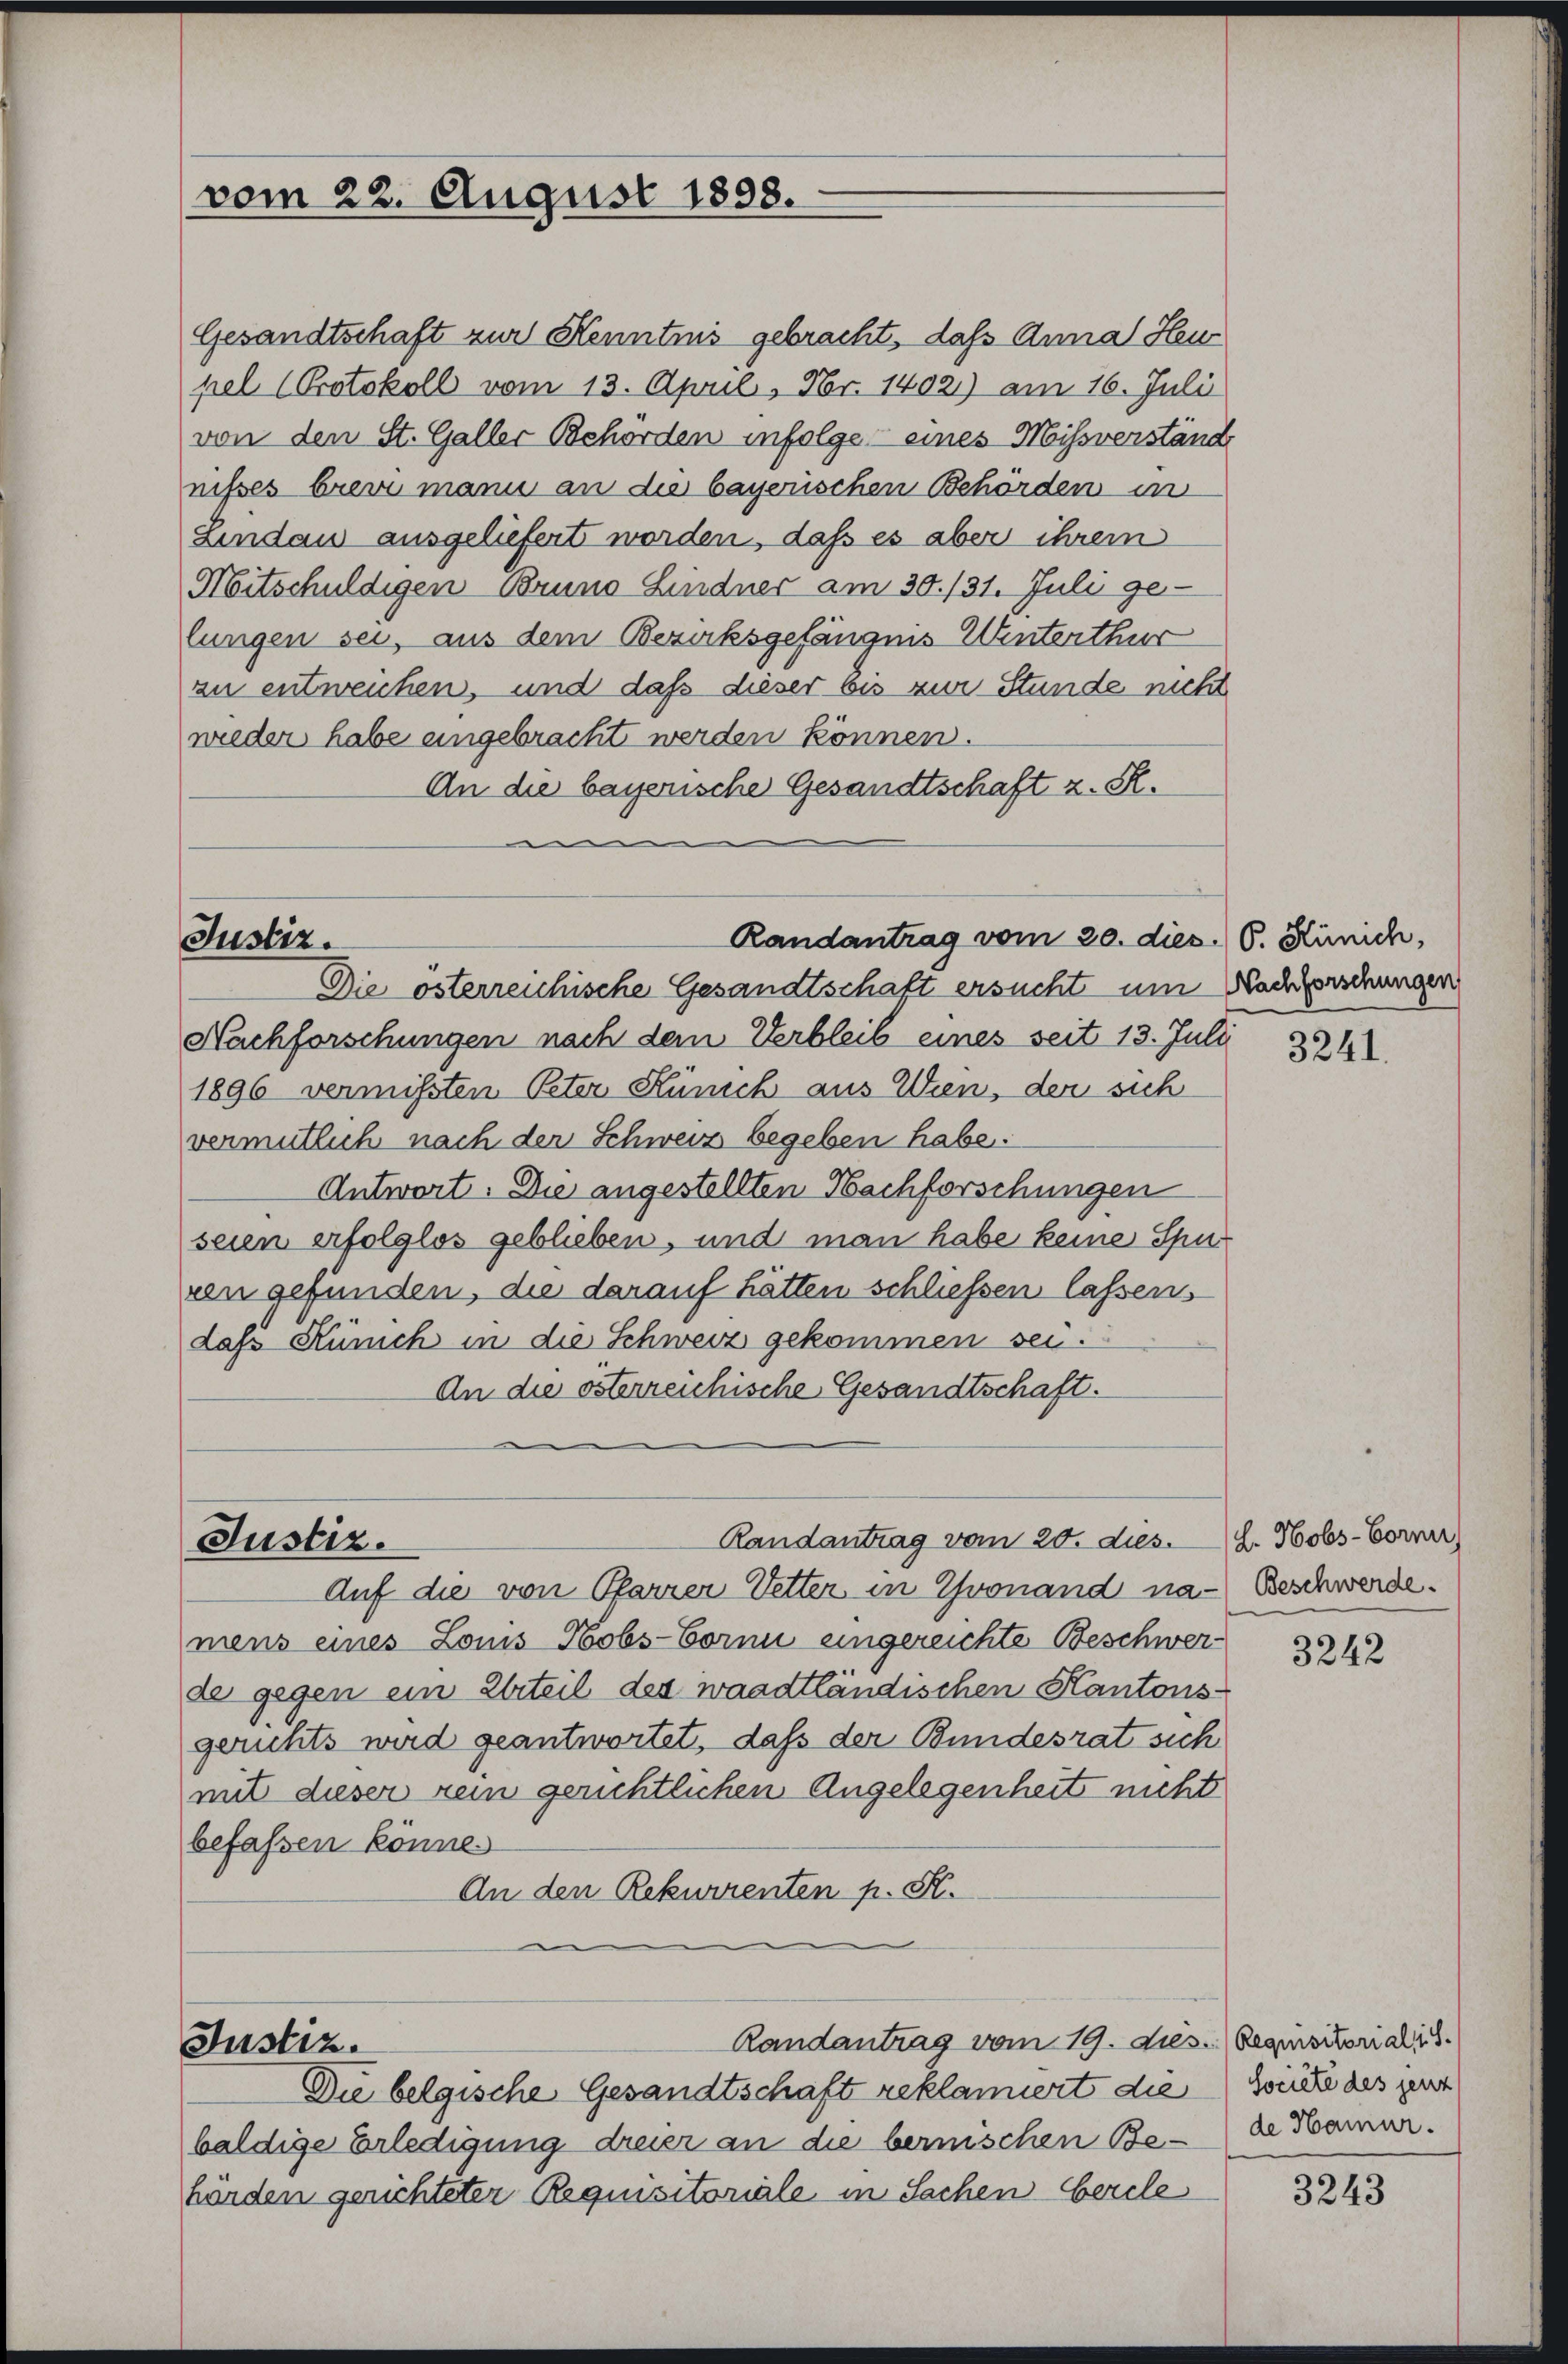
vom 22. August 1898.

Gesandtschaft zur Kenntnis gebracht, daß Anna Heu
pel (Protokoll vom 13. April, Nr. 14021) am 16. Juli
von den St. Galler Behörden infolge eines Missverständ
nisses brevi mann an die bayerischen Behörden in
Lindau ausgeliefert worden, daß es aber ihrem
Mitschuldigen Bruno Lindner am 30./31. Juli ge-
lungen sei, aus dem Bezirksgefängnis Winterthur
zu entweichen, und daß dieser bis zur Stunde nicht
wieder habe eingebracht werden können.
An die bayerische Gesandtschaft z. R.
e

Randantrag vom 20. dies. 6. Hünich,
Justiz.
Die österreichische Gesandtschaft ersucht um Nachforschungen

Nachforschungen nach dem Verbleib eines seit 13. Juli
1896 vermißten Peter Künich aus Wien, der sich
vermutlich nach der Schweiz begeben habe.
Antwort. Die angestellten Nachforschungen
seien erfolglos geblieben, und man habe keine Spur
een gefunden, die darauf hätten schliessen lassens
das Künich in die Schweiz gekommen sei.
An die österreichische Gesandtschaft.

Justiz.

Justiz.

Auf die von Pfarrer Vetter in Yvonand na- Beschwerde.
mens eines Louis Hobs-Corni eingereichte Beschwerde gegen ein Urteil des waadtländischen Kantons-
gerichts wird geantwortet, daß der Bundesrat sich
mit dieser rein gerichtlichen Angelegenheit nicht
befassen könne
An den Rekurrenten p. St.

Randantrag vom 20. dies

Die belgische Gesandtschaft reklamiert die Winte des Herr
baldige Erledigung dreier an die bernischen Be- de Kamer.
hörden gerichteter Requisitoriale in Sachen bercle

Randantrag vom 19. des Requisitorialis

3241.

h. Hobs-Form,

3242

3243